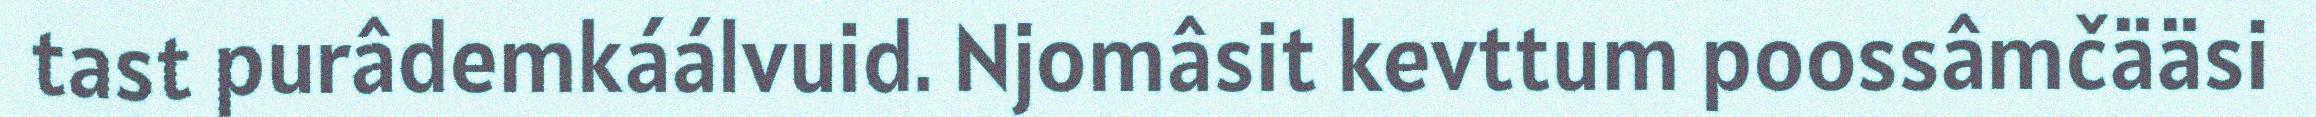
tast purâdemkáálvuid. Njomâsit kevttum poossâmčääsi